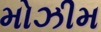
મોઝીમ